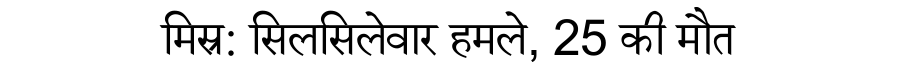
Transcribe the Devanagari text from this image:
मिस्र: सिलसिलेवार हमले, 25 की मौत